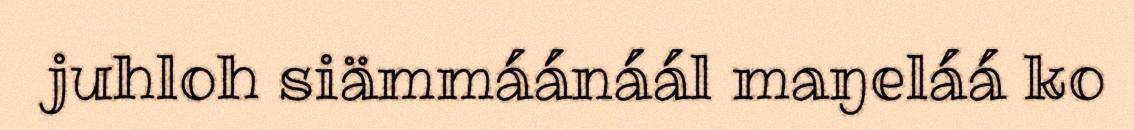
juhloh siämmáánáál maŋeláá ko